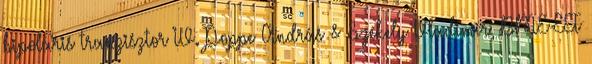
bipoláris tranzisztor IV. Poppe András & Székely Vladimír, BME-EET